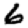
Digit: 6